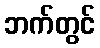
ဘက်တွင်